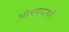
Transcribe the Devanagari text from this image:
भोगपदार्थो